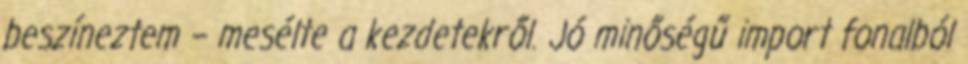
beszíneztem – mesélte a kezdetekről. Jó minőségű import fonalból